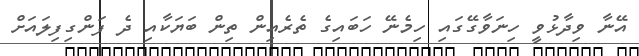
އޭނާ ވިދާޅުވީ ހިނަވާގޭގައި ހިމެނޭ ހަބައިގެ ތެރެއިން ތިން ބަޔަކާއި ދެ ފަންގިފިލައަށް